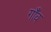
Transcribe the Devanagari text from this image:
गाँँव